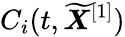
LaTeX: C_{i}(t,\boldsymbol{\widetilde{X}}^{[1]})